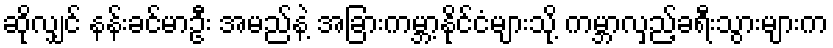
ဆိုလျှင် နန်းခင်မာဦး အမည်နဲ့ အခြားကမ္ဘာ့နိုင်ငံများသို့ ကမ္ဘာလှည့်ခရီးသွားများက